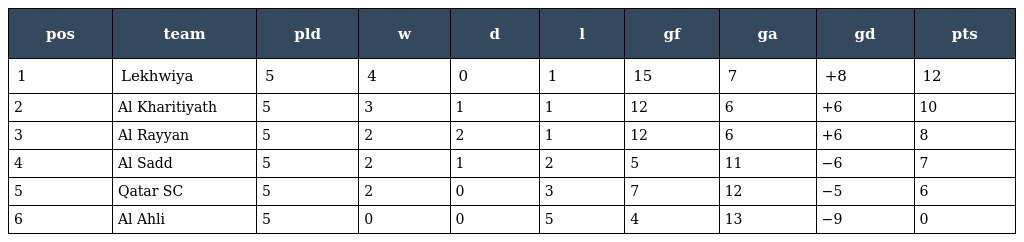
| pos | team | pld | w | d | l | gf | ga | gd | pts |
 | --- | --- | --- | --- | --- | --- | --- | --- | --- | --- |
 | 1 | Lekhwiya | 5 | 4 | 0 | 1 | 15 | 7 | +8 | 12 |
 | 2 | Al Kharitiyath | 5 | 3 | 1 | 1 | 12 | 6 | +6 | 10 |
 | 3 | Al Rayyan | 5 | 2 | 2 | 1 | 12 | 6 | +6 | 8 |
 | 4 | Al Sadd | 5 | 2 | 1 | 2 | 5 | 11 | −6 | 7 |
 | 5 | Qatar SC | 5 | 2 | 0 | 3 | 7 | 12 | −5 | 6 |
 | 6 | Al Ahli | 5 | 0 | 0 | 5 | 4 | 13 | −9 | 0 |